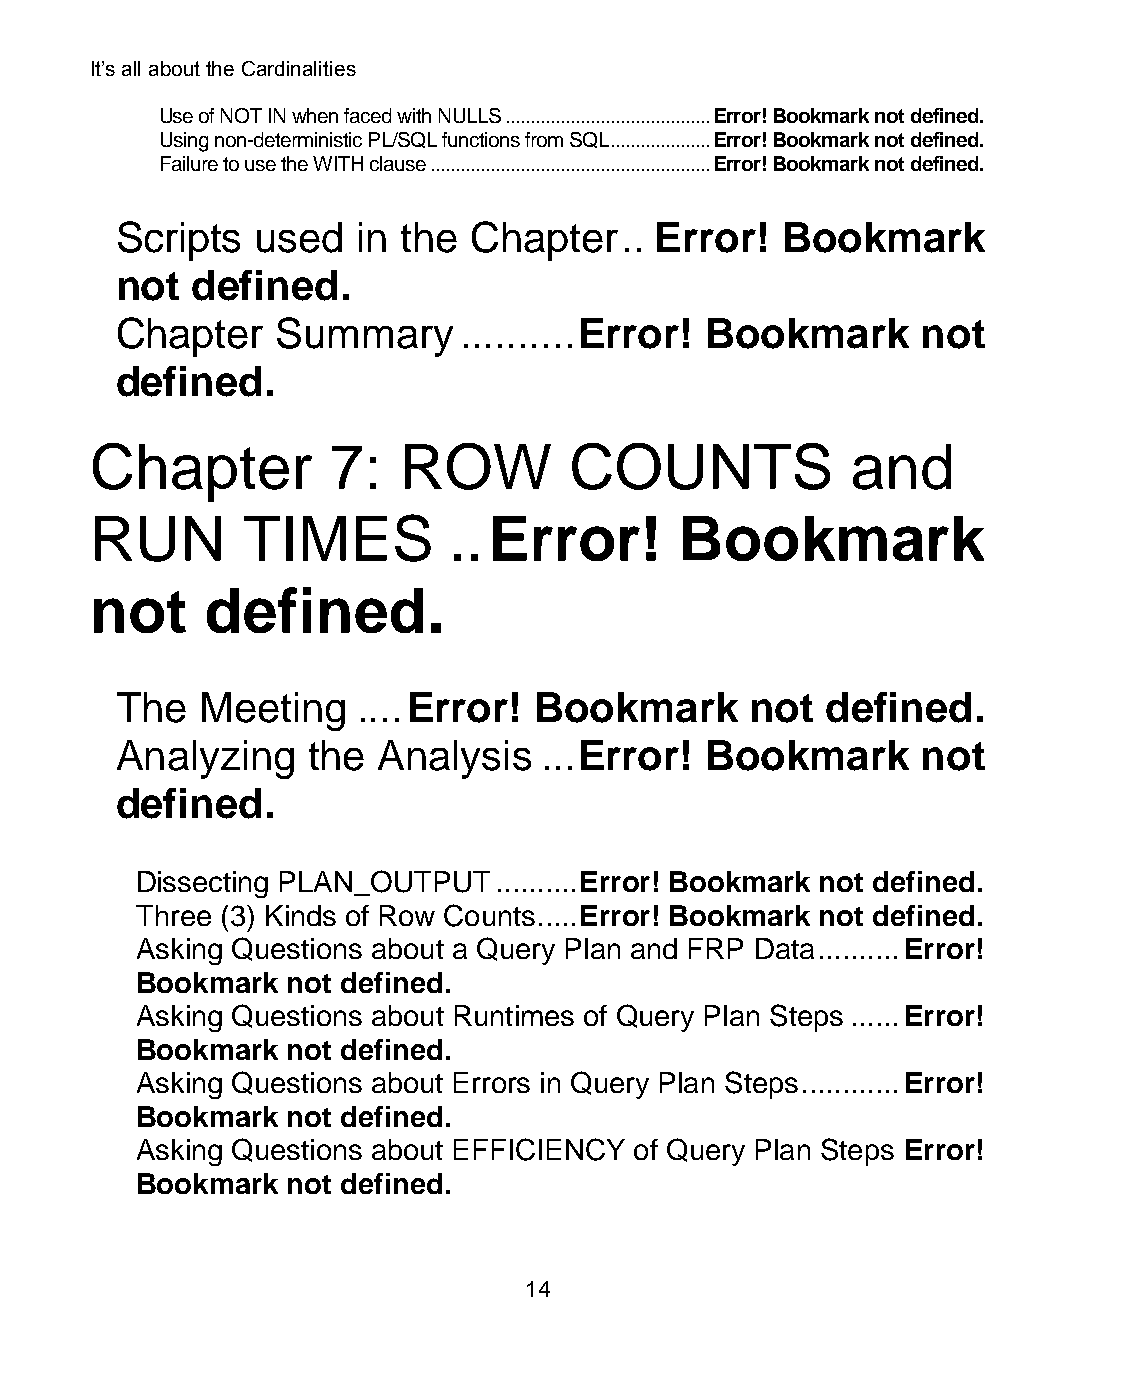
It’s all about the Cardinalities
 Use of NOT IN when faced with NULLS ......................................... Error! Bookmark not defined.
 Using non-deterministic PL/SQL functions from SQL .................... Error! Bookmark not defined.
 Failure to use the WITH clause ........................................................ Error! Bookmark not defined.
 Scripts  used   in the Chapter   .. Error!  Bookmark
 not  defined.
 Chapter   Summary     .......... Error! Bookmark     not
 defined.
 Chapter         7:  ROW         COUNTS            and
 RUN       TIMES         .. Error!      Bookmark
 not     defined.
 The  Meeting    .... Error! Bookmark      not  defined.
 Analyzing   the  Analysis   ... Error! Bookmark      not
 defined.
 Dissecting PLAN_OUTPUT  .......... Error! Bookmark not defined.
 Three (3) Kinds of Row Counts..... Error! Bookmark not defined.
 Asking Questions about a Query Plan and FRP Data .......... Error!
 Bookmark  not defined.
 Asking Questions about Runtimes of Query Plan Steps ...... Error!
 Bookmark  not defined.
 Asking Questions about Errors in Query Plan Steps ............ Error!
 Bookmark  not defined.
 Asking Questions about EFFICIENCY of Query Plan Steps Error!
 Bookmark  not defined.
 14